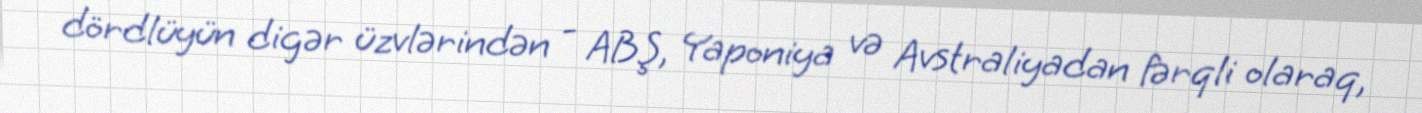
dördlüyün digər üzvlərindən - ABŞ, Yaponiya və Avstraliyadan fərqli olaraq,